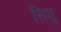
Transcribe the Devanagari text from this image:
सियु